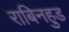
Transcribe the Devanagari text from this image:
राबिनहुड